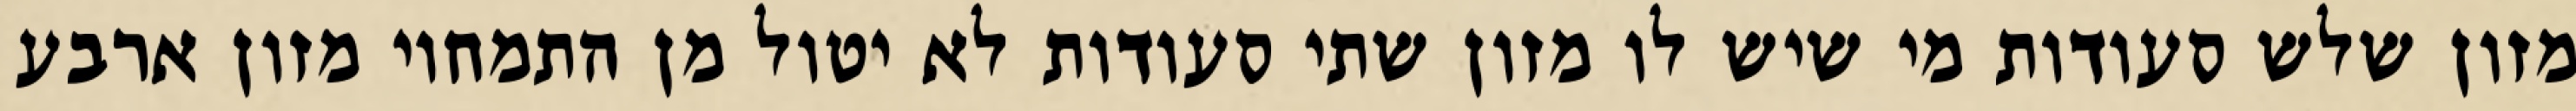
מזון שלש סעודות מי שיש לו מזון שתי סעודות לא יטול מן התמחוי מזון ארבע